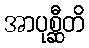
အာပုစ္ဆီတိ